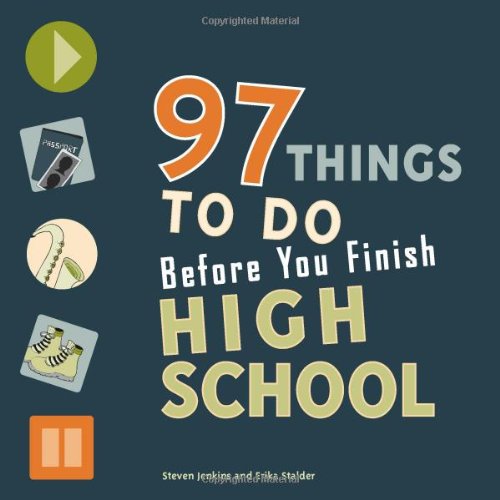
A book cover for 97 Things to Do Before You Finish High School; Erika Stalder; Teen & Young Adult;